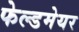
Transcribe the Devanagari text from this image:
फेल्डमेयर